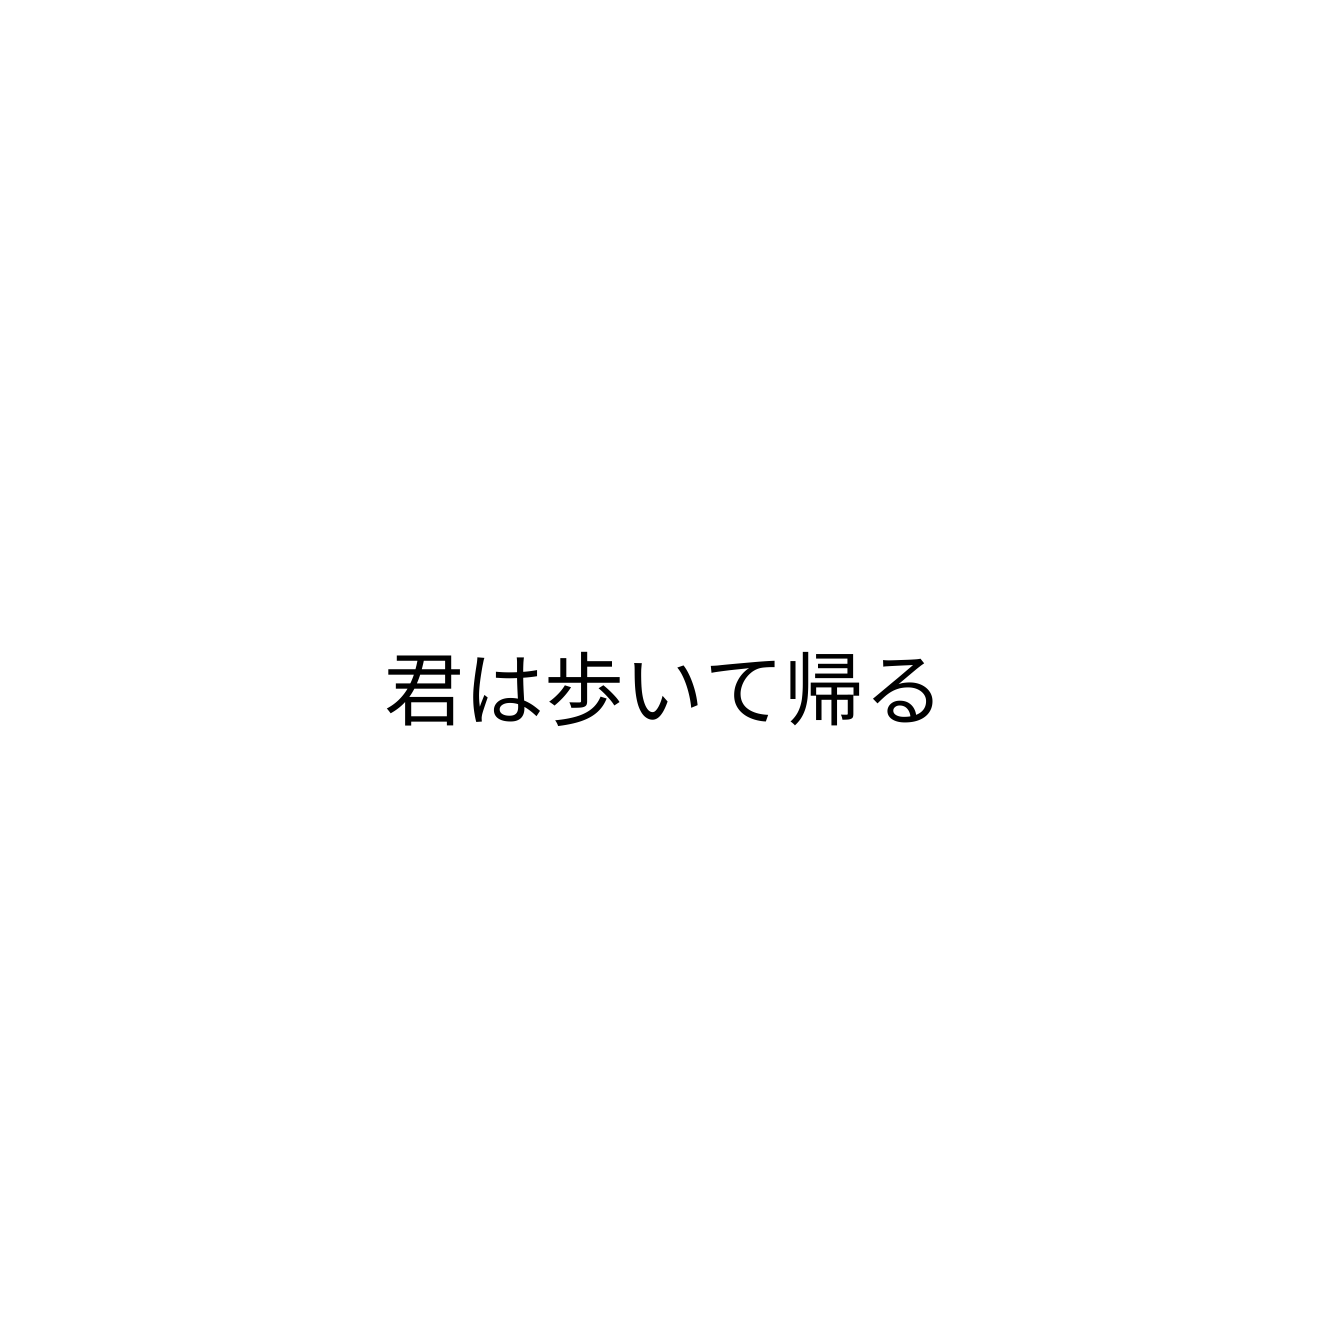
君は歩いて帰る